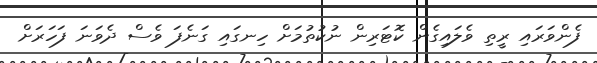
ފެންވަރައި ރީތި ވެލައިގެން ކޮޓަރިން ނުކުތުމަށް ހިނގައި ގަނެފަ ވެސް ދެވަނަ ފަހަރަށް